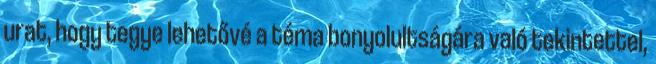
urat, hogy tegye lehetővé a téma bonyolultságára való tekintettel,